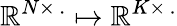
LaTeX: \mathbb{R}^{N\times\, .}\mapsto\mathbb{R}^{K\times\, .}